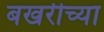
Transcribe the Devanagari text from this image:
बखरीच्या